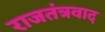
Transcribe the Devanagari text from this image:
राजतंत्रवाद